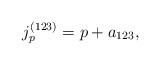
LaTeX: \begin{align*}j_p^{(123)} = p + a_{123},\end{align*}